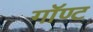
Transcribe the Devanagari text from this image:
गॉण्ट